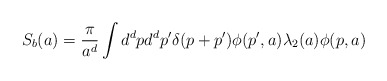
\begin{align*}S_b(a)= \frac {\pi} {a^d} \int d^dp d^dp' \delta(p+p') \phi(p',a)\lambda_2(a) \phi(p,a) \end{align*}